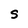
Character: S